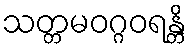
သတ္တမဝဂ္ဂဝရန္တိ